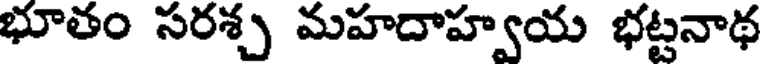
భూతం సరశ్చ మహదాహ్వయ భట్టనాథ